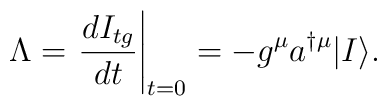
\Lambda=\left.\frac{dI_{tg}}{dt}\right|_{t=0}=-g^\mu a^{\dagger\mu}|I\rangle.